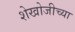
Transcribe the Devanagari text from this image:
शेखोजीच्या